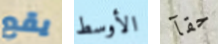
يقع الأوسط حقآ